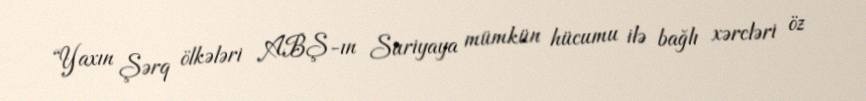
“Yaxın Şərq ölkələri ABŞ-ın Suriyaya mümkün hücumu ilə bağlı xərcləri öz